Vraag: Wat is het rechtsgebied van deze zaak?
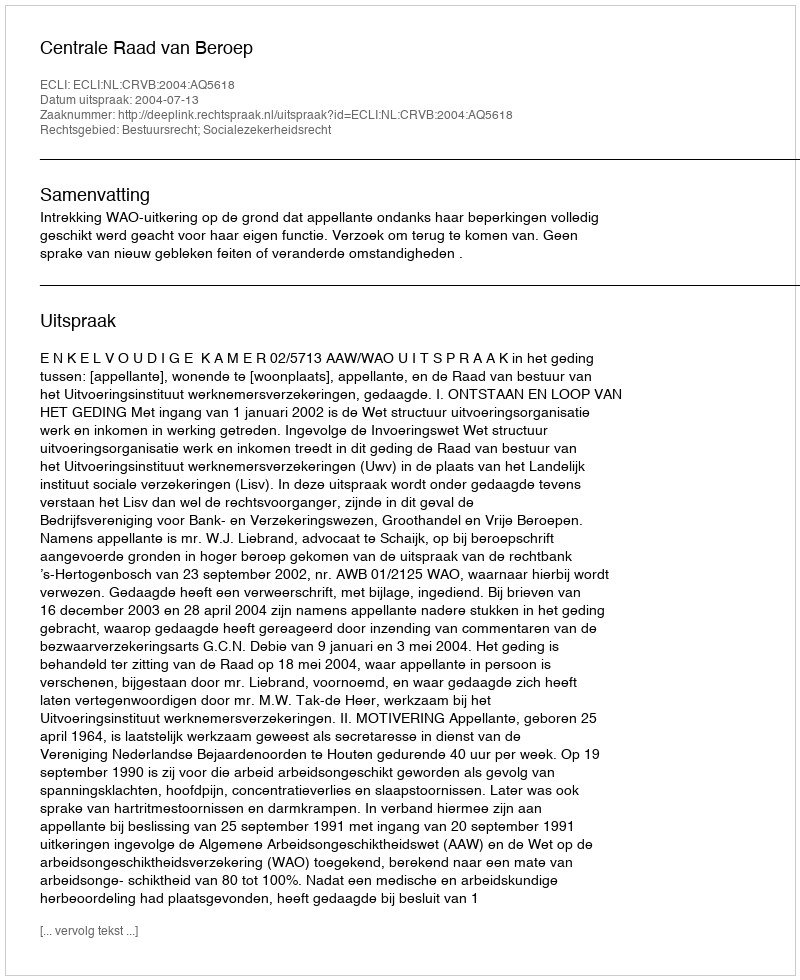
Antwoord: Bestuursrecht; Socialezekerheidsrecht